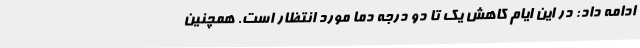
ادامه داد: در این ایام کاهش یک تا دو درجه دما مورد انتظار است. همچنین